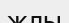
жлы